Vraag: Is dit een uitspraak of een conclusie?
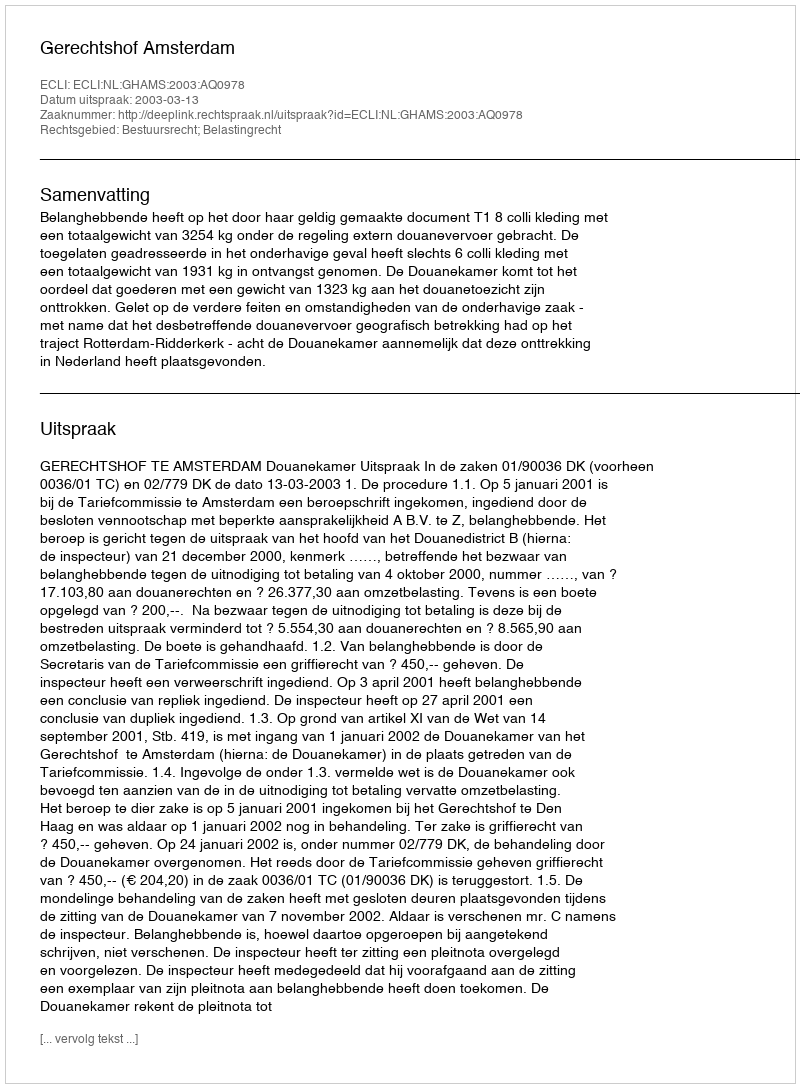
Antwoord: Uitspraak